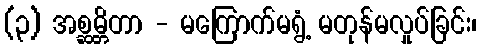
(၃) အစ္ဆမ္တိတာ - မကြောက်မရွံ့ မတုန်မလှုပ်ခြင်း၊